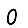
Digit: 0